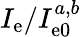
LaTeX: I_{\mathrm{e}}/I_{\mathrm{e0}}^{a,b}